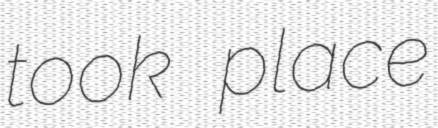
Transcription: took place